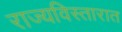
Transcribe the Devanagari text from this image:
राज्यविस्तारात